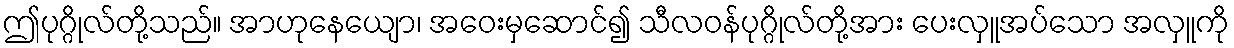
ဤပုဂ္ဂိုလ်တို့သည်။ အာဟုနေယျော၊ အဝေးမှဆောင်၍ သီလဝန်ပုဂ္ဂိုလ်တို့အား ပေးလှူအပ်သော အလှူကို